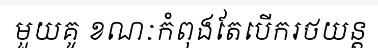
មួយគូ ខណៈកំពុងតែបើករថយន្ត